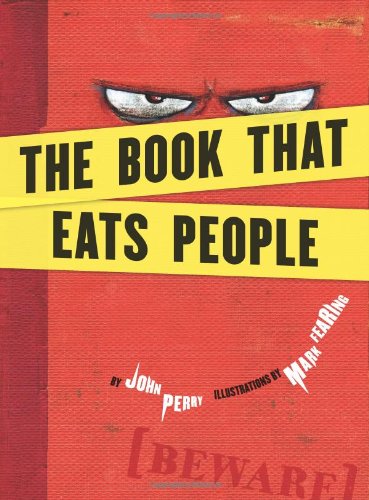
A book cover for The Book That Eats People; John Perry; Children's Books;